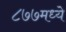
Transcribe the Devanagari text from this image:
८७७मध्ये